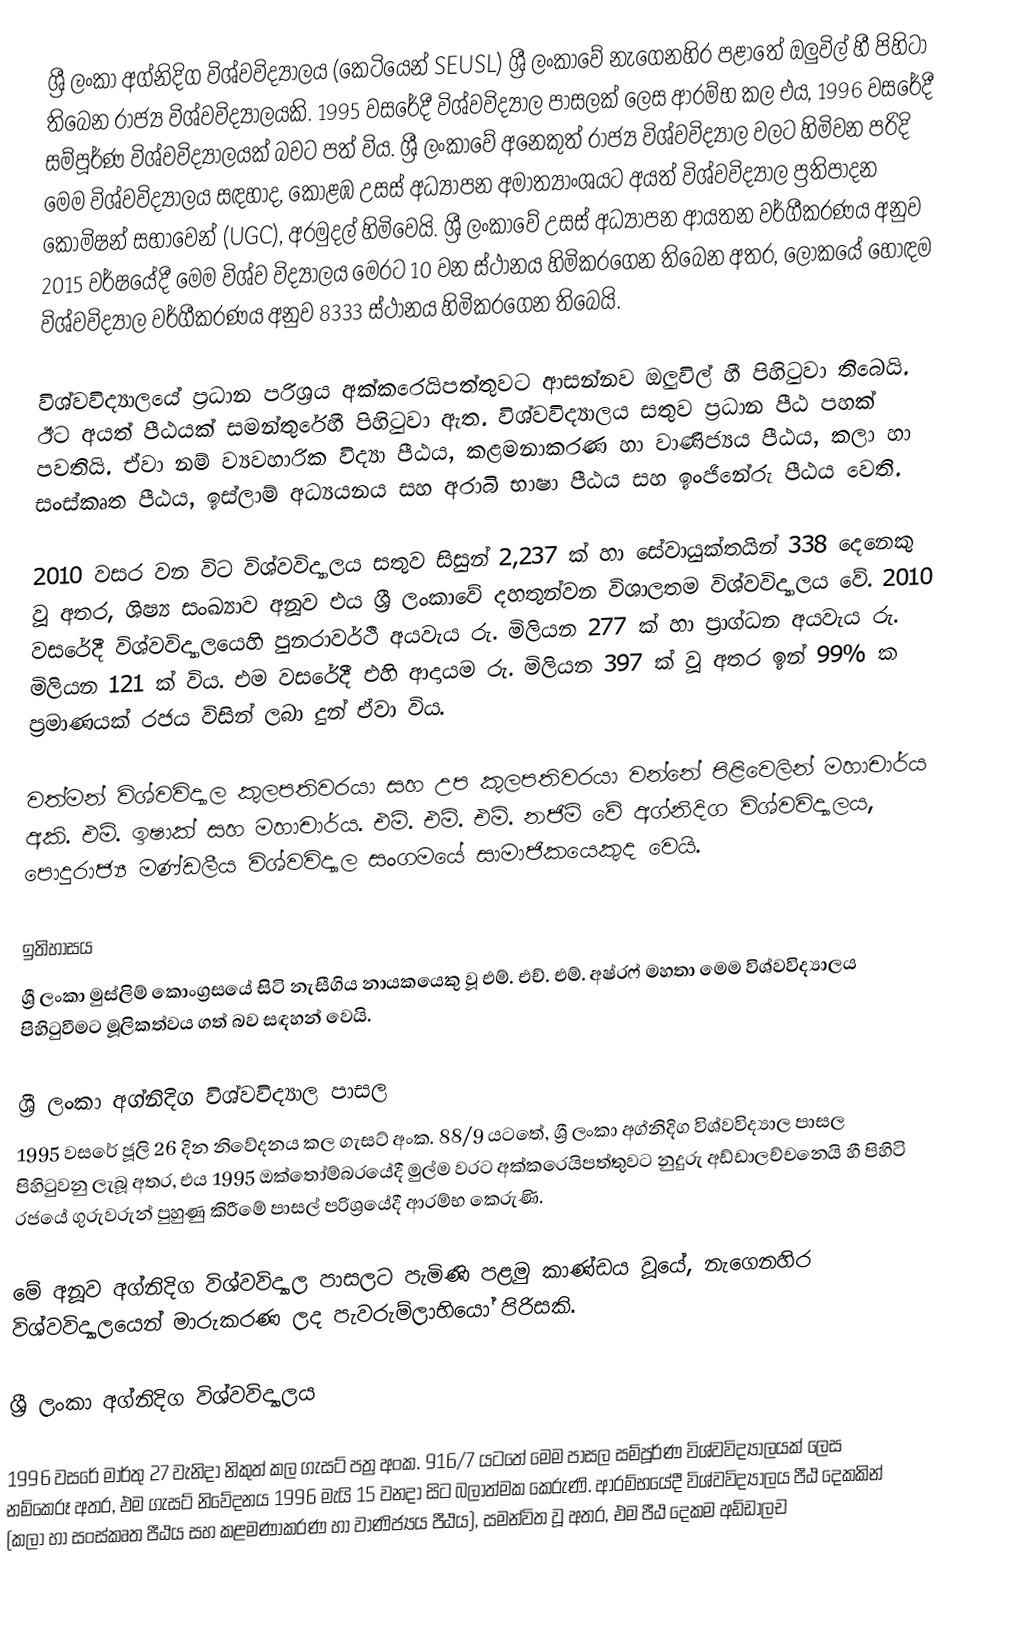
ශ්‍රී ලංකා අග්නිදිග විශ්වවිද්‍යාලය (කෙටියෙන් SEUSL) ශ්‍රී ලංකාවේ නැගෙනහිර පළාතේ ඔලුවිල් හී පිහිටා තිබෙන රාජ්‍ය විශ්වවිද්‍යාලයකි. 1995 වසරේදී විශ්වවිද්‍යාල පාසලක් ලෙස ආරම්භ කල එය, 1996 වසරේදී සම්පූර්ණ විශ්වවිද්‍යාලයක් බවට පත් විය. ශ්‍රී ලංකාවේ අනෙකුත් රාජ්‍ය විශ්වවිද්‍යාල වලට හිමිවන පරිදි මෙම විශ්වවිද්‍යාලය සඳහාද, කොළඹ උසස් අධ්‍යාපන අමාත්‍යාංශයට අයත් විශ්වවිද්‍යාල ප්‍රතිපාදන කොමිෂන් සභාවෙන් (UGC), අරමුදල් හිමිවෙයි. ශ්‍රී ලංකාවේ උසස් අධ්‍යාපන ආයතන වර්ගීකරණය අනුව 2015 වර්ෂයේදී මෙම විශ්ව විද්‍යාලය මෙරට 10 වන ස්ථානය හිමිකරගෙන තිබෙන අතර, ලෝකයේ හොඳම විශ්වවිද්‍යාල වර්ගීකරණය අනුව 8333 ස්‌ථානය හිමිකරගෙන තිබෙයි.

විශ්වවිද්‍යාලයේ ප්‍රධාන පරිශ්‍රය අක්කරෙයිපත්තුවට ආසන්නව ඔලුවිල් හී පිහිටුවා තිබෙයි. ඊට අයත් පීඨයක් සමන්තුරේහී පිහිටුවා ඇත. විශ්වවිද්‍යාලය සතුව ප්‍රධාන පීඨ පහක් පවතියි. ඒවා නම් ව්‍යවහාරික විද්‍යා පීඨය, කළමනාකරණ හා වාණිජ්‍යය පීඨය, කලා හා සංස්කෘත පීඨය, ඉස්ලාම් අධ්‍යයනය සහ අරාබි භාෂා පීඨය සහ ඉංජිනේරු පීඨය වෙති.

2010 වසර වන විට විශ්වවිද්‍යාලය සතුව සිසුන් 2,237 ක් හා සේවායුක්තයින් 338 දෙනෙකු වූ අතර, ශිෂ්‍ය සංඛ්‍යාව අනූව එය ශ්‍රී ලංකාවේ දහතුන්වන විශාලතම විශ්වවිද්‍යාලය වේ. 2010 වසරේදී විශ්වවිද්‍යාලයෙහි පුනරාවර්ථී අයවැය රු. මිලියන 277 ක් හා ප්‍රාග්ධන අයවැය රු. මිලියන 121 ක් විය. එම වසරේදී එහි ආදායම රු. මිලියන 397 ක් වූ අතර ඉන් 99% ක ප්‍රමාණයක් රජය විසින් ලබා දුන් ඒවා විය.

වත්මන් විශ්වවිද්‍යාල කුලපතිවරයා සහ උප කුලපතිවරයා වන්නේ පිළිවෙලින් මහාචාර්ය අකි. එම්. ඉෂාක් සහ මහාචාර්ය. එම්. එම්. එම්. නජිම් වේ අග්නිදිග විශ්වවිද්‍යාලය, පොදුරාජ්‍ය මණ්ඩලීය විශ්වවිද්‍යාල සංගමයේ සාමාජිකයෙකුද වෙයි.

ඉතිහාසය
ශ්‍රී ලංකා මුස්ලිම් කොංග්‍රසයේ සිටි නැසීගිය නායකයෙකු වූ එම්. එච්. එම්. අෂ්රෆ් මහතා මෙම විශ්වවිද්‍යාලය පිහිටුවීමට මූලිකත්වය ගත් බව සඳහන් වෙයි.

ශ්‍රී ලංකා අග්නිදිග විශ්වවිද්‍යාල පාසල
1995 වසරේ ජූලි 26 දින නිවේදනය කල ගැසට් අංක. 88/9 යටතේ, ශ්‍රී ලංකා අග්නිදිග විශ්වවිද්‍යාල පාසල පිහිටුවනු ලැබූ අතර, එය 1995 ඔක්තෝම්බරයේදී මුල්ම වරට අක්කරෙයිපත්තුවට නුදුරු අඩ්ඩාලච්චනෙයි හී පිහිටි රජයේ ගුරුවරුන් පුහුණු කිරීමේ පාසල් පරිශ්‍රයේදී ආරම්භ කෙරුණි.

මේ අනූව අග්නිදිග විශ්වවිද්‍යාල පාසලට පැමිණි පළමු කාණ්ඩය වූයේ, නැගෙනහිර විශ්වවිද්‍යාලයෙන් මාරුකරණ ලද පැවරුම්ලාභියෝ පිරිසකි.

ශ්‍රී ලංකා අග්නිදිග විශ්වවිද්‍යාලය

1996 වසරේ මාර්තු 27 වැනිදා නිකුත් කල ගැසට් පත්‍ර අංක. 916/7 යටතේ මෙම පාසල සම්පූර්ණ විශ්වවිද්‍යාලයක් ලෙස නම්කෙරූ අතර, එම ගැසට් නිවේදනය 1996 මැයි 15 වනදා සිට බලාත්මක කෙරුණි. ආරම්භයේදී විශ්වවිද්‍යාලය පීඨ දෙකකින් (කලා හා සංස්කෘත පීඨය සහ කළමණාකරණ හා වාණිජ්‍යය පීඨය), සමන්විත වූ අතර, එම පීඨ දෙකම අඩ්ඩාලච